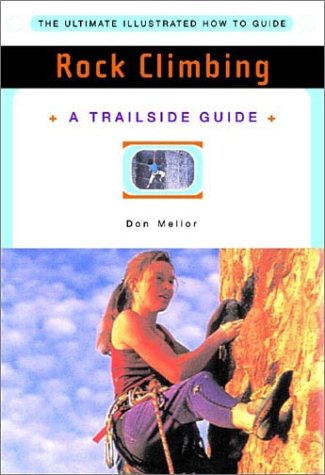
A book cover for Rock Climbing (A Trailside Guide); Don Mellor; Sports & Outdoors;